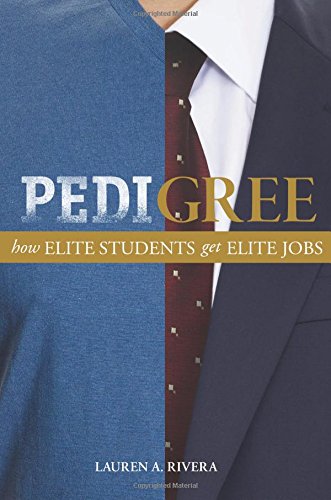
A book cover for Pedigree: How Elite Students Get Elite Jobs; Lauren A. Rivera; Education & Teaching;